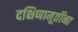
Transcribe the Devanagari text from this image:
दक्षिणामूर्तींना